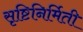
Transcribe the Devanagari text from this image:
सृष्टिनिर्मिती